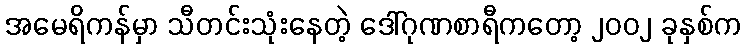
အမေရိကန်မှာ သီတင်းသုံးနေတဲ့ ဒေါ်ဂုဏစာရီကတော့ ၂၀၀၂ ခုနှစ်က